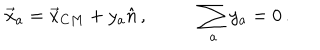
LaTeX: \begin{array} { c c } { { \vec { x } _ { a } = \vec { x } _ { C M } + y _ { a } \hat { n } \, , ~ } } & { { \displaystyle { \sum _ { a } } \, y _ { a } = 0 \, . } } \\ \end{array}